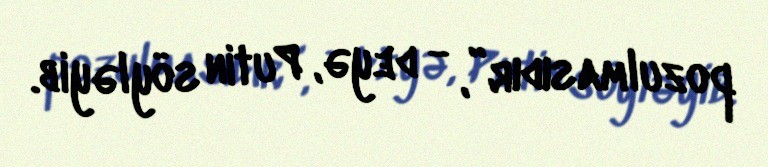
pozulmasıdır”, - deyə, Putin söyləyib.